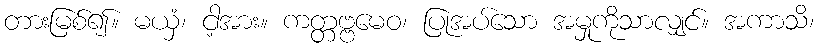
တားမြစ်၍။ မယှံ၊ ငါ့အား။ ကတ္တဗ္ဗမေဝ၊ ပြုအပ်သော အမှုကိုသာလျှင်။ အကာသိ၊